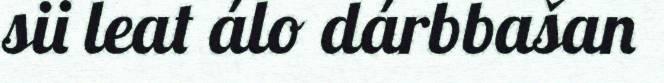
sii leat álo dárbbašan